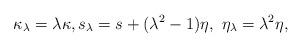
\begin{align*} \kappa_{\lambda} = \lambda \kappa, s_{\lambda} = s + (\lambda^2 -1) \eta, \ \eta_{\lambda} = \lambda^2 \eta,\end{align*}